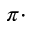
\pi \cdot